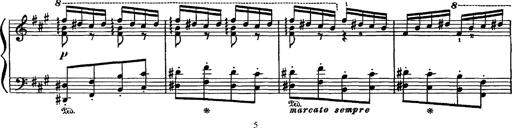
Title: Hungarian Rhapsody No.16
Composer: Franz Liszt
Key: A minor